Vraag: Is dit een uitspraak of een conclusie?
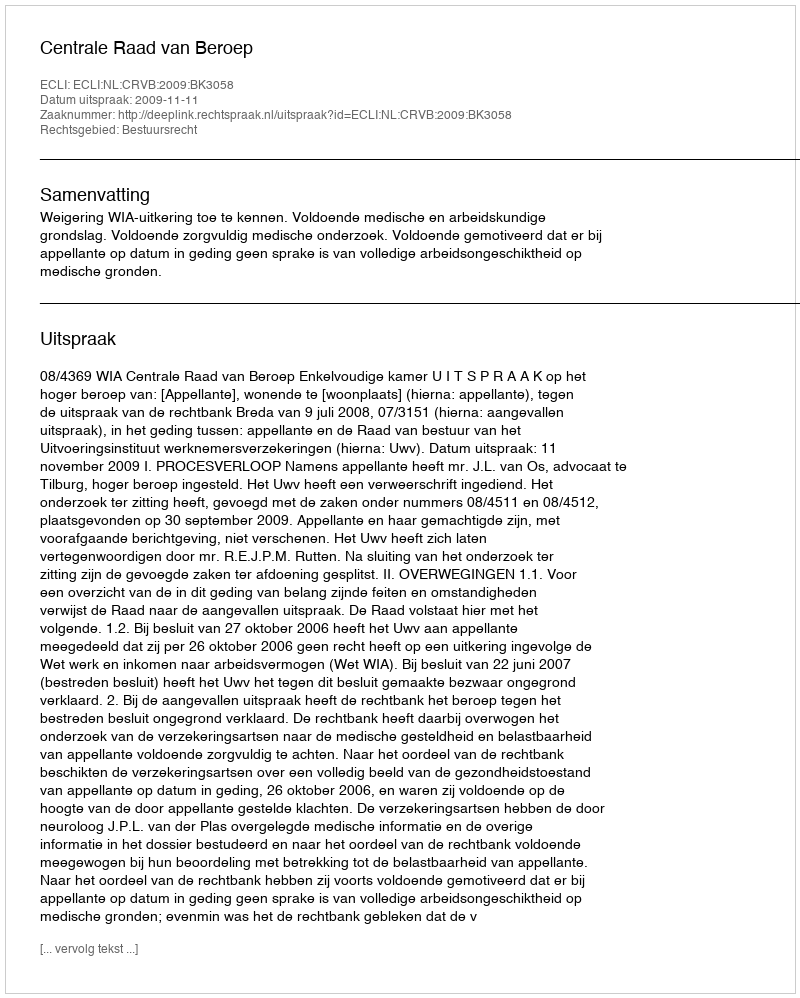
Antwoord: Uitspraak